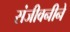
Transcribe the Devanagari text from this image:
संजीवनीने